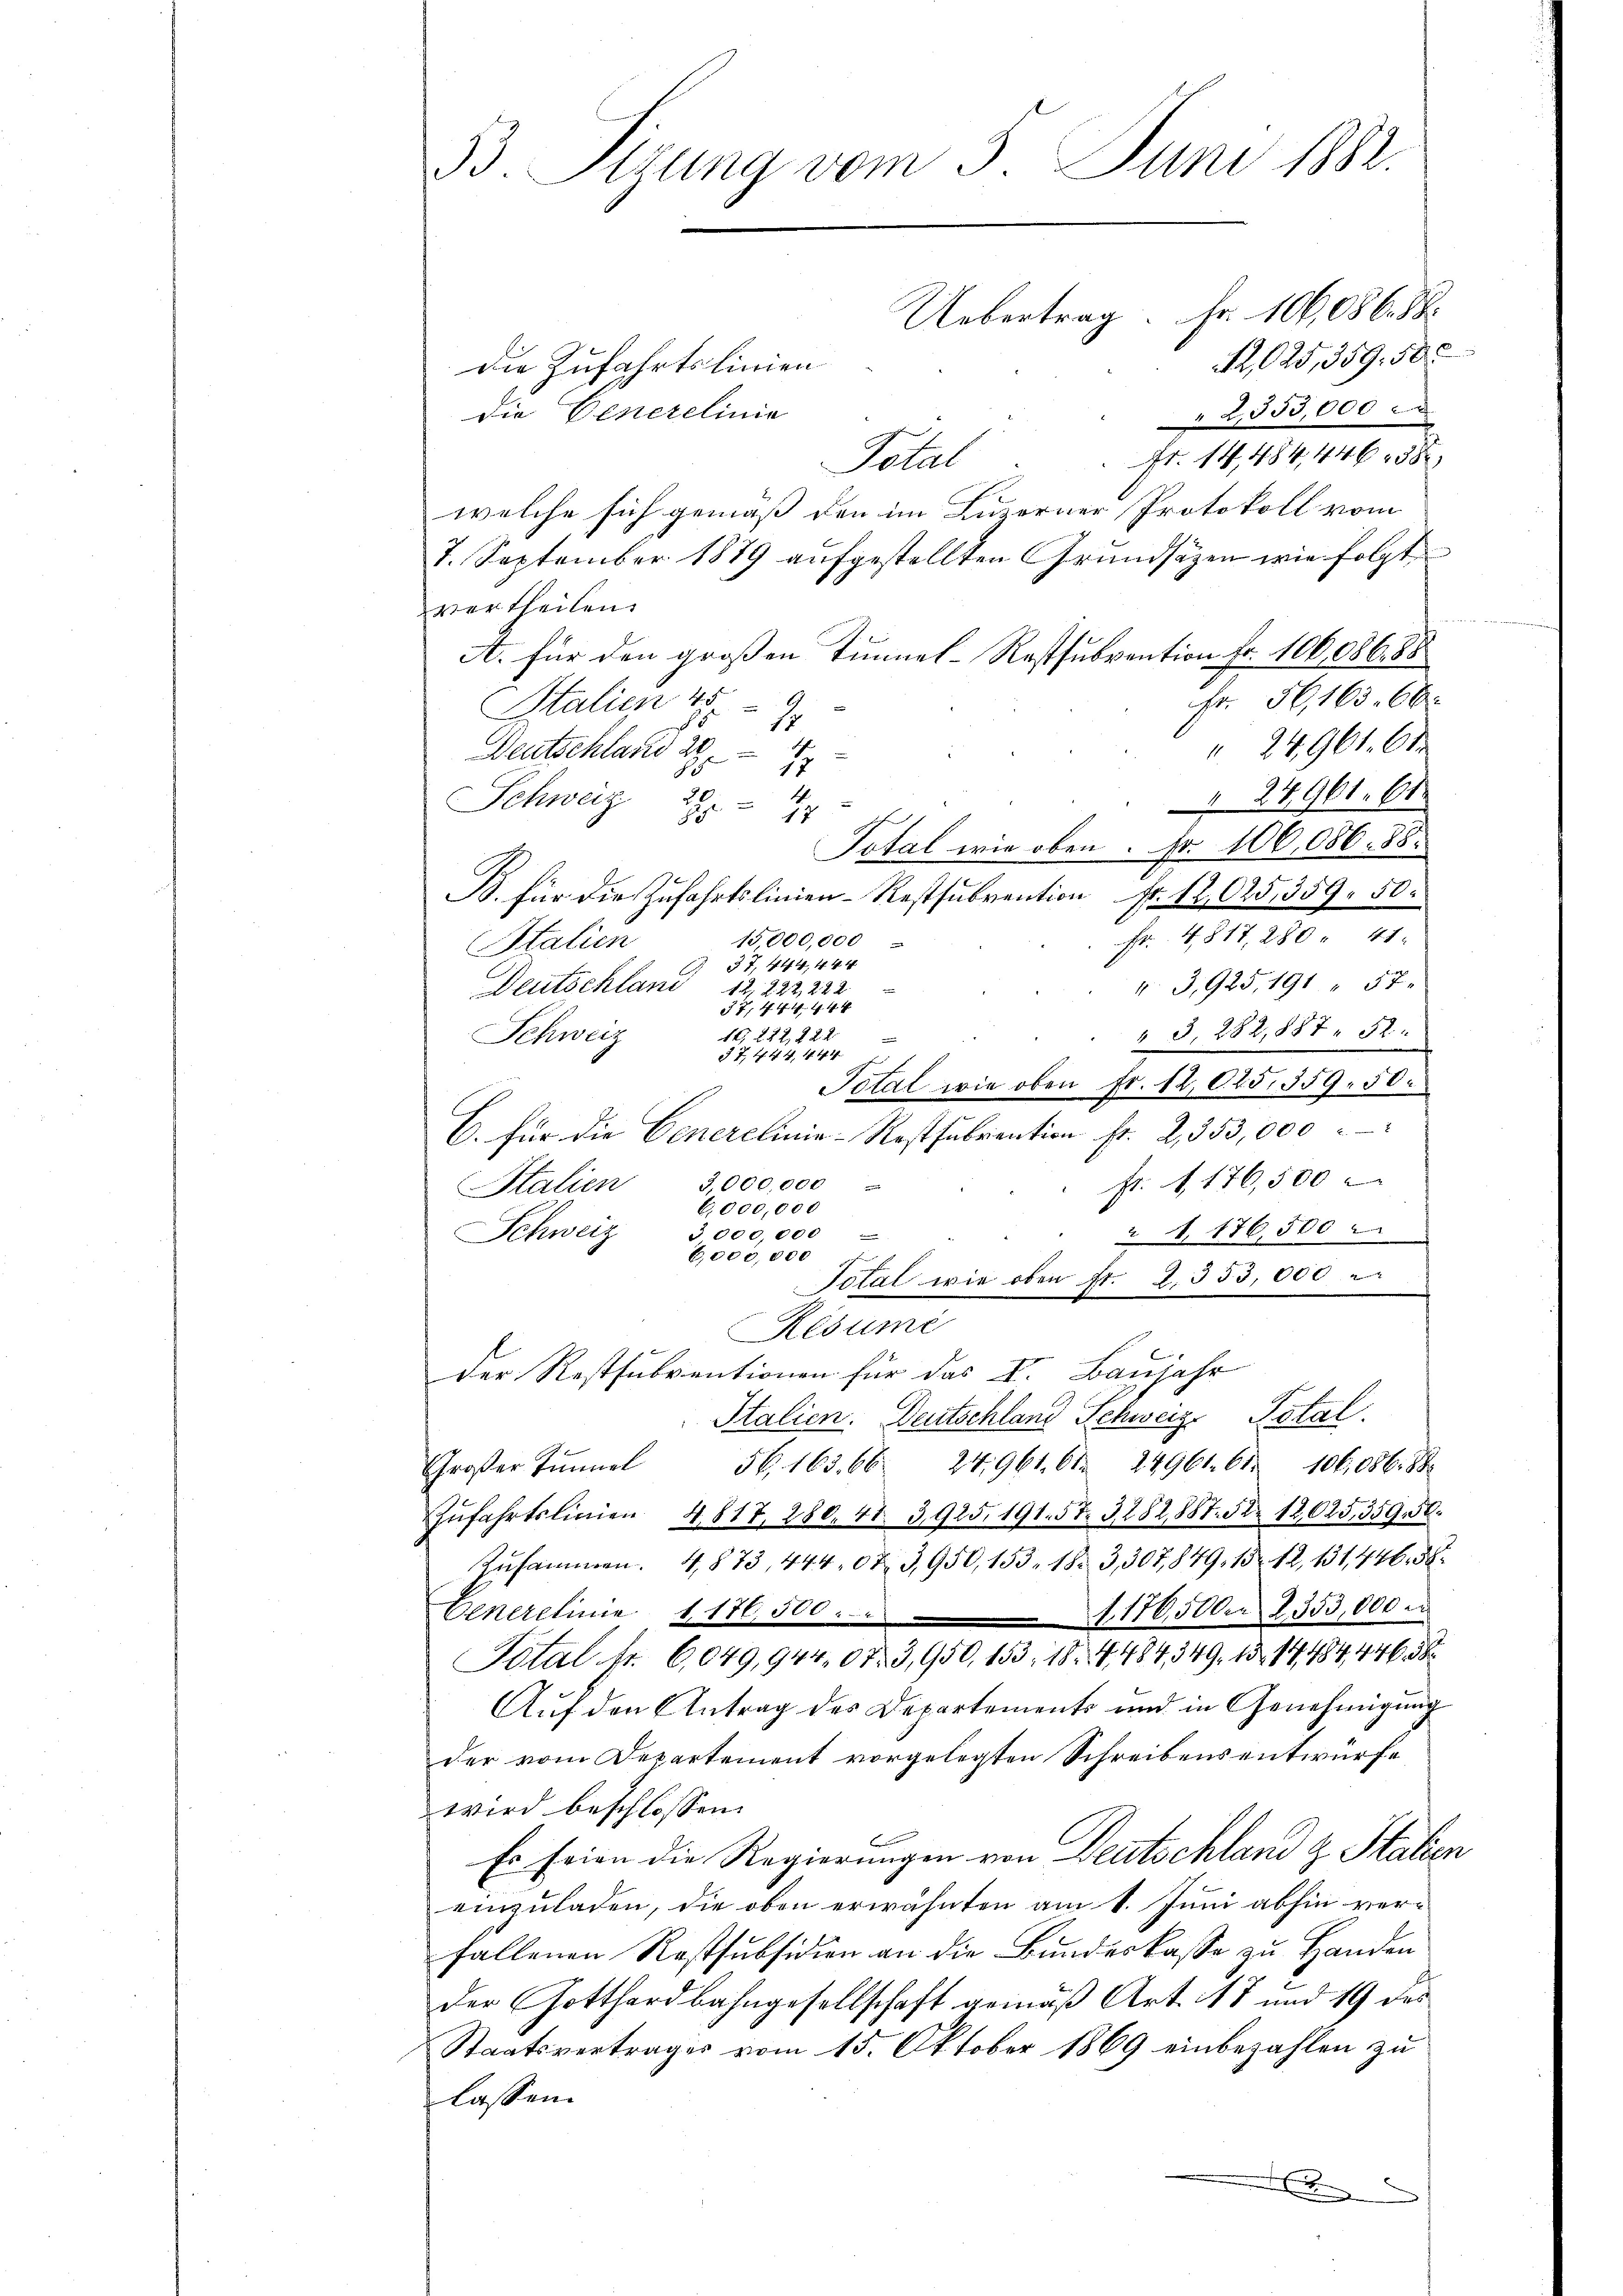
33 Sizung vom 5. Juni 1882.

Uebertrag. Fr. 106,086. 88
A, 625, 359. 500
die Zufahrtslinien
 853,000
Fr. 14, 484, 446. 38
Total
welche sich gemäß den im Luzerner Protokoll vom
7. September 1879 aufgestellten Grundsätzen wie folgt
vertheilen.
A. für den großen Tunnel-Restsubvention Fr. 106,086. 88
Fr. 56,163. 66.
Stalien 45.
1
24961. 61
Deutschland 20
1
h
24961. 61
Schweiz 20.
1
8
Total wie oben. Nr. 106,086. 88.
B. für die Zufahrtslinien-Restsubvention fr. 12,025,359. 50.
Fr. 4817, 280 " 41.
15,000,000
Italien
37, 444, 444
v 3,925, 191 " 57.
Deutschland 12. 222 222
37, S. 111 44
" § 282,887. 52.
19. 222,422.
Schweiz
§ 7, 1. 44, 1844. 7
Total wie oben Fr. 12,045,559, 50.
C. für die Generelinie-Restfabrention fr. 2, 353,000
fr. 176,500
3,000,000
Stalien
6,000,000
Schweiz 3000,000
2 . 176,500
6,000,000
Total wie oben St. 2. 353,000
Résumé
Der Restsubventionen für das I. Baujahr
Italien. Deutschland Schweiz. Potal.
Großer Tunnel 56. 163. 66. 24961. 61. 24961. 61. 106,086. 88
ŭfahrtslinien 4817, 280, 41. 3925. 191. 57. 3282,885. 12025,359. 50
Zusammen. 4873, 444 07 3,950, 153. 182 3,307,849, 13. 12, 131, 446. 58
1176,500. 2353,000 m
Generelinie 1, 176,500.
Total fr. 6,049,944 073,950, 153. 18. 4484, 349, 15. 14484, 446. 38
Auf den Antrag des Departements und in Genehmigung
der vom Departement vorgelegten Schreibens entwürfe
wird beschlossen:
Es feien die Regierungen von Deutschland z. Stalien
einzuladen, die oben erwähnten am 1. Juni abhin verfallenen Rastsubsidion an die Bundeskasse zu Handen
der Gotthardbahngesellschaft gemäß Art. 18 und 19 des
Staatsvertrages vom 15. Oktober 1869 einbezahlen zu
lassen.

die Benerelinie